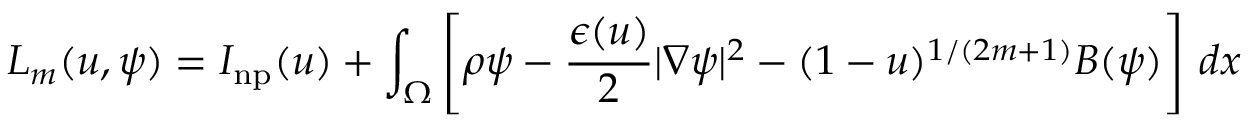
L _ { m } ( u , \psi ) = I _ { \mathrm { n p } } ( u ) + \int _ { \Omega } \left[ \rho \psi - \frac { \epsilon ( u ) } { 2 } | \nabla \psi | ^ { 2 } - ( 1 - u ) ^ { 1 / ( 2 m + 1 ) } B ( \psi ) \right] \, d x